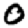
Digit: 0